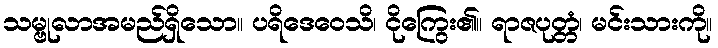
သမ္ဗုလာအမည်ရှိသော။ ပရိဒေဝေသိ၊ ငိုကြွေး၏။ ရာဇပုတ္တံ၊ မင်းသားကို။